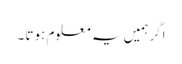
اگرہمیں یہ معلوم ہوتا ۔